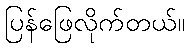
ပြန်ဖြေလိုက်တယ်။